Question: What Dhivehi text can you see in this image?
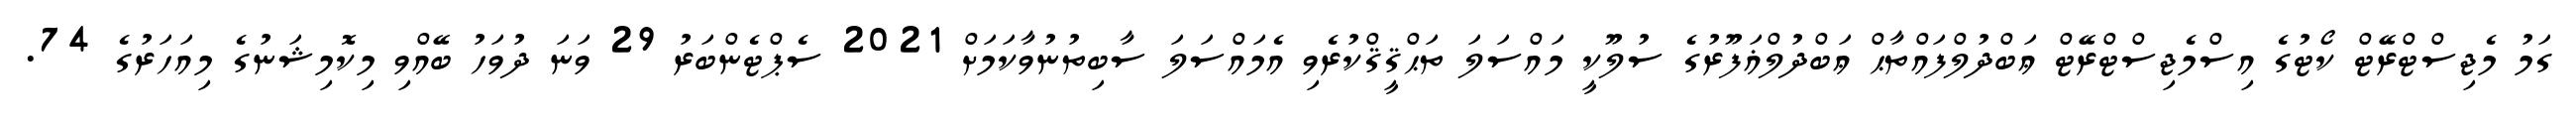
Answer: ގަމު މެޖިސްޓްރޭޓް ކޯޓުގެ އިސްމެޖިސްޓްރޭޓް ޢަބްދުލްފައްތާޙް ޢަބްދުލްޣަފޫރުގެ ސުލޫކީ މައްސަލަ ތަޙްޤީޤްކުރެވި އެމައްސަލަ ސާބިތުނުވާކަމަށް 2021 ސެޕްޓެންބަރު 29 ވަނަ ދުވަހު ބޭއްވި މިކޮމިޝަނުގެ މިއަހަރުގެ 74.